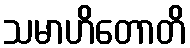
သမာဟိတောတိ